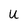
Character: U